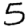
Digit: 5